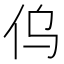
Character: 𠆿